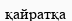
қайратқа